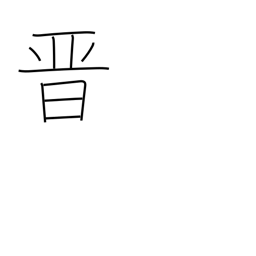
Meaning: advance